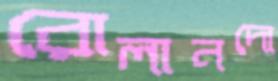
রোলানদো